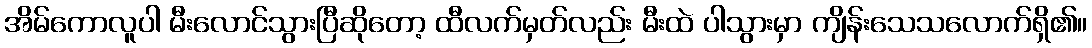
အိမ်ကောလူပါ မီးလောင်သွားပြီဆိုတော့ ထီလက်မှတ်လည်း မီးထဲ ပါသွားမှာ ကျိန်းသေသလောက်ရှိ၏။